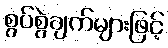
စွပ်စွဲချက်များဖြင့်